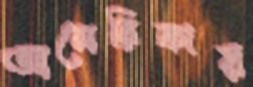
আমেরিকায়